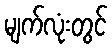
မျက်လုံးတွင်